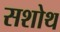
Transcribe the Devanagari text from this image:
सशोथ